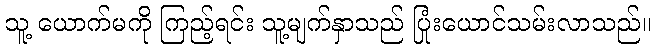
သူ့ ယောက်မကို ကြည့်ရင်း သူ့မျက်နှာသည် ပြုံးယောင်သမ်းလာသည်။